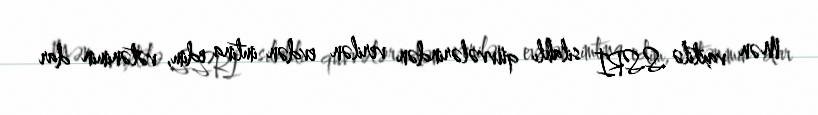
Mən vaxtilə SSRİ silahlı qüvvələrindən verilən evdən imtina edim, vətənimin dar